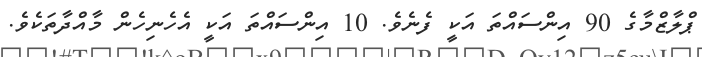
ޕްލާޒްމާގެ 90 އިންސައްތަ އަކީ ފެނެވެ. 10 އިންސައްތަ އަކީ އެހެނިހެން މާއްދާތަކެވެ.